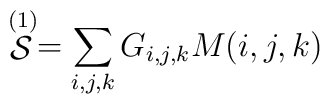
\stackrel{(1)}{\cal{S}} = \sum_{i,j,k} G_{i,j,k} M(i,j,k)